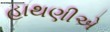
હાથણીએ